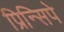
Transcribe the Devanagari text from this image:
प्रिन्सिपे